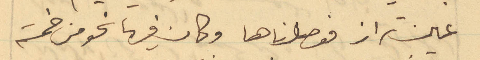
عين تراز فوصلناها وكان فيها نحو من خمسة